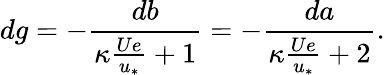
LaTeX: dg=-\frac{db}{\kappa\frac{Ue}{u_{*}}+1}=-\frac{da}{\kappa\frac{Ue}{u_{*}}+2}.